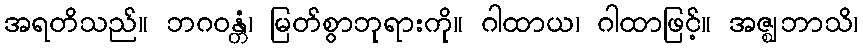
အရတိသည်။ ဘဂဝန္တံ၊ မြတ်စွာဘုရားကို။ ဂါထာယ၊ ဂါထာဖြင့်။ အဇ္ဈဘာသိ၊